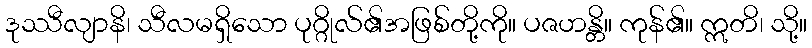
ဒုဿီလျာနိ၊ သီလမရှိသော ပုဂ္ဂိုလ်၏အဖြစ်တို့ကို။ ပဇဟန္တိ။ ကုန်၏။ ဣတိ၊ သို့။